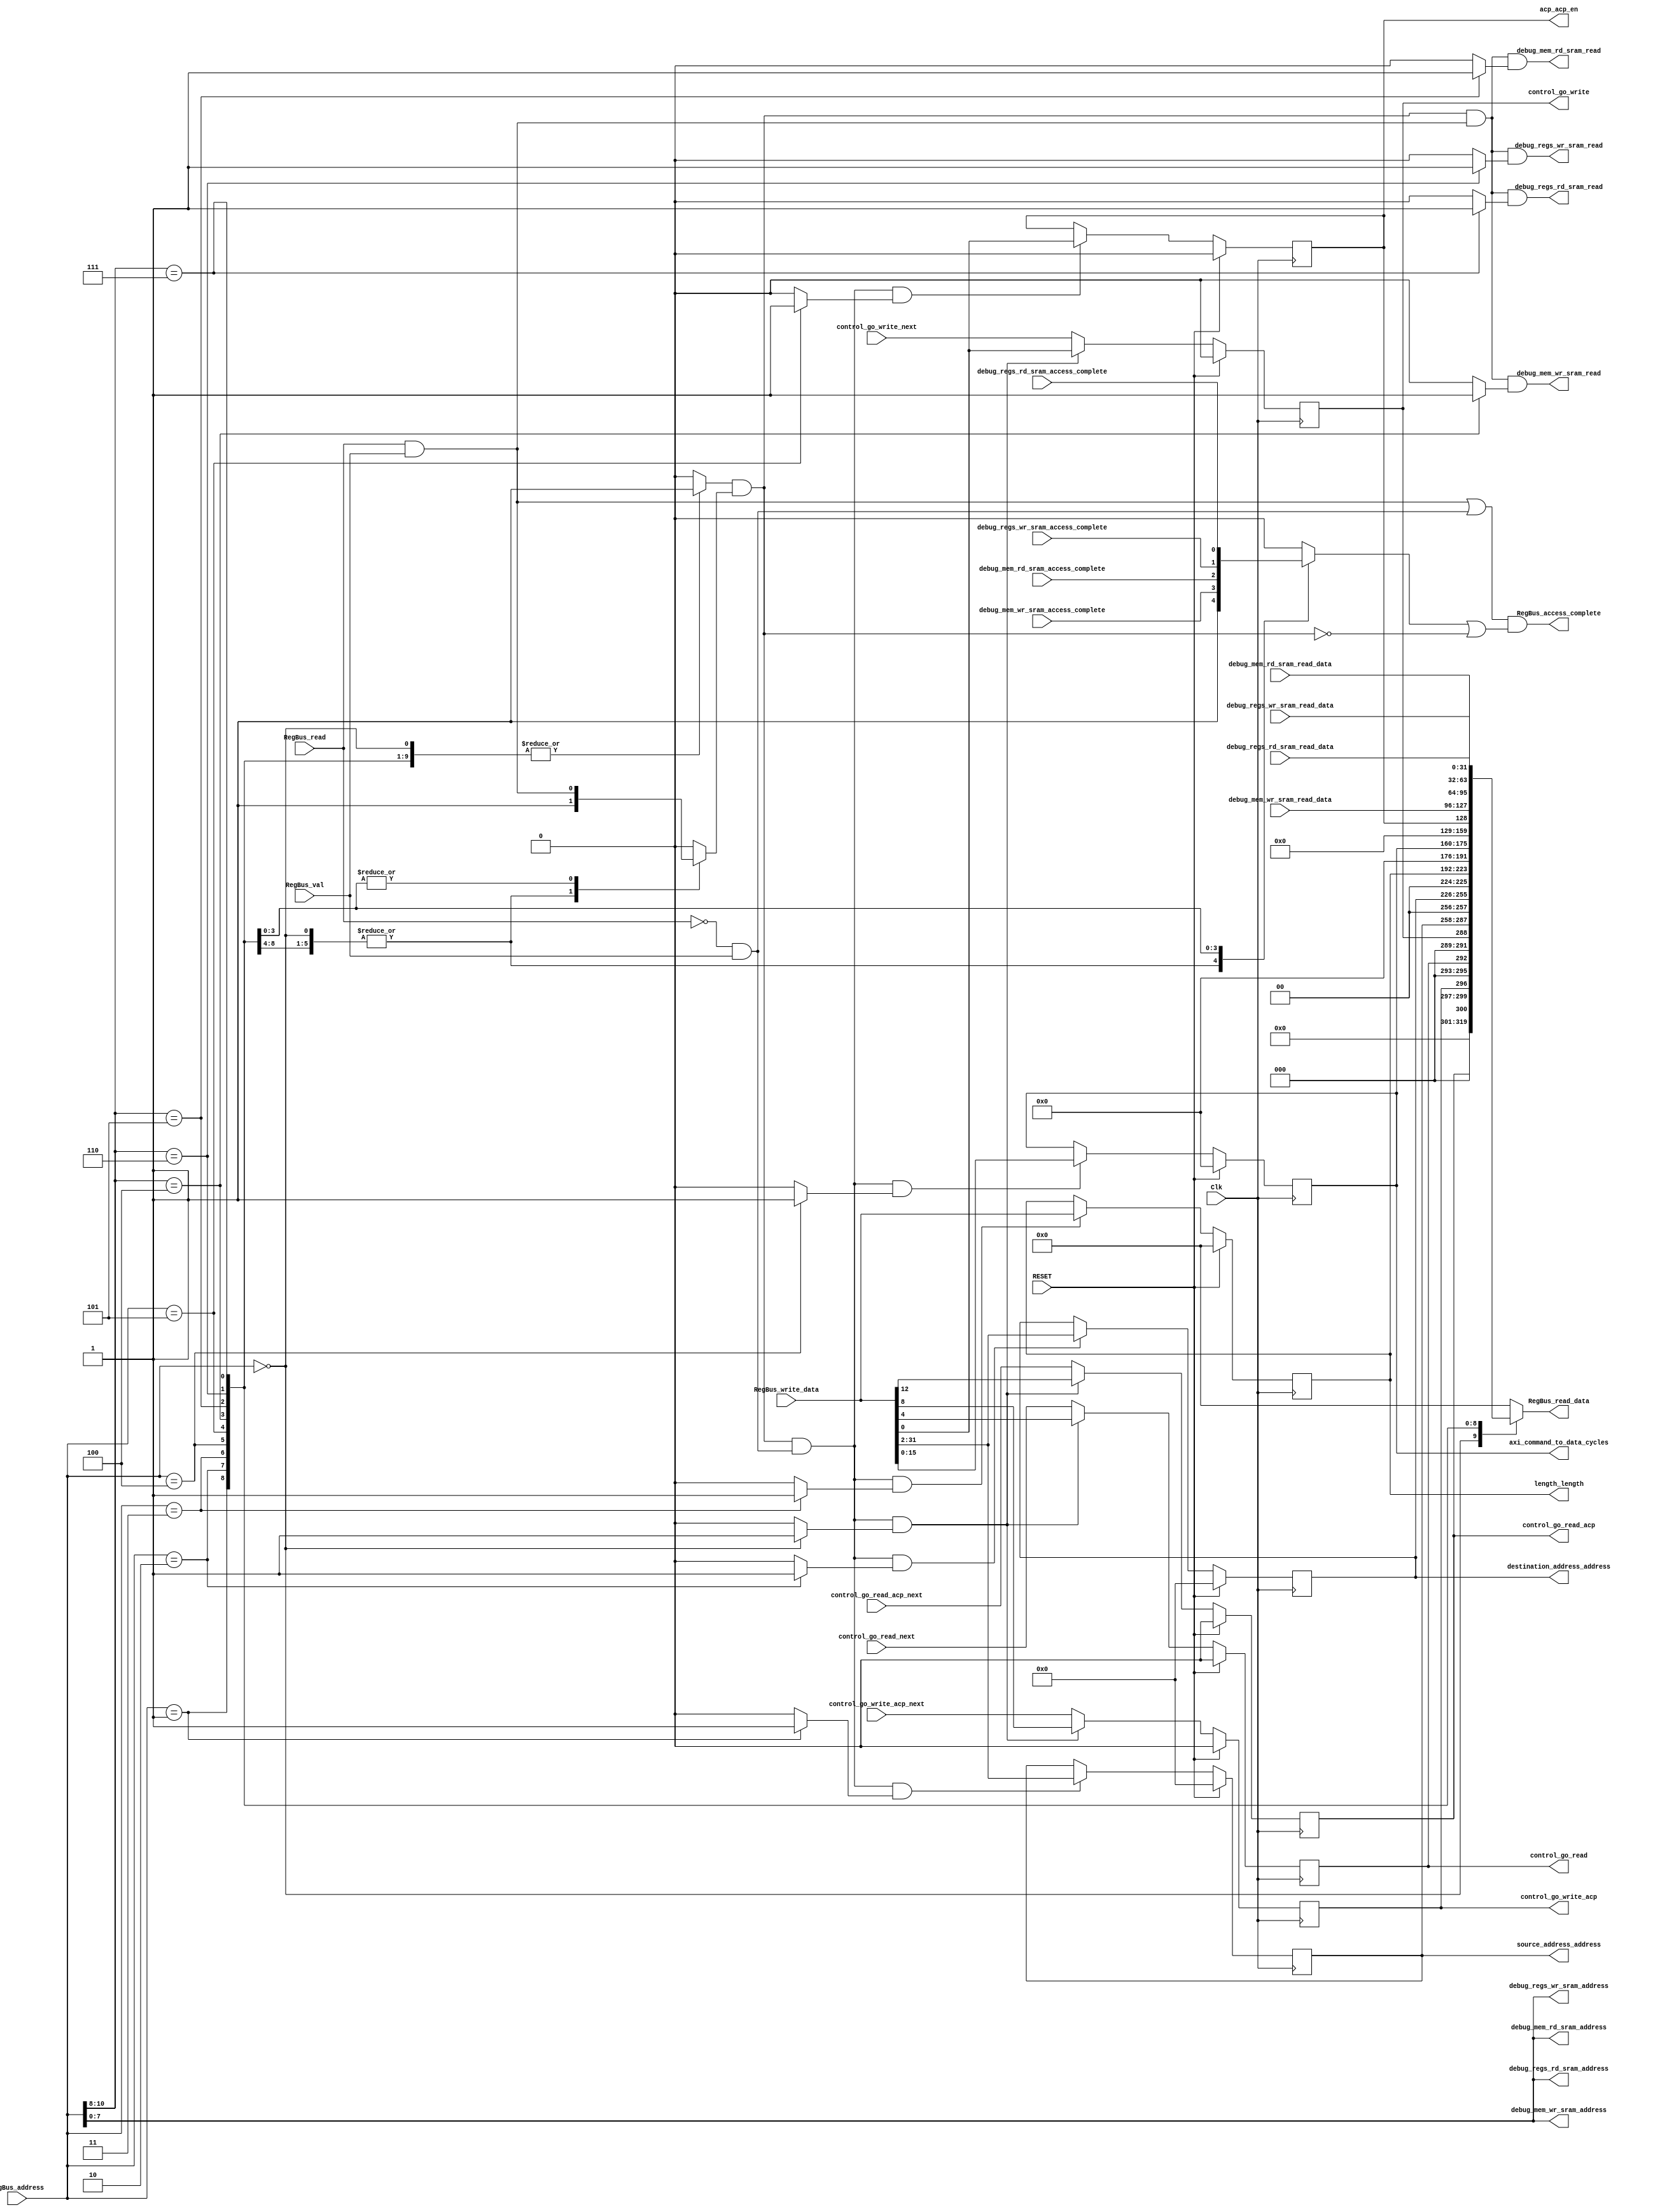
//                                                                             
// Creator:    jorgem                                                          
// Time:       Tuesday Nov 19, 2013 [6:53:55 am]                               
//                                                                             
// Path:       /home/jorgem/projects/SocMiner/hw/rtl                           
// Arguments:  /data/apps/cadence/blueprint/blueprint_3.7.5//Linux-64bit/blueprint
//             -regbus soc_miner_regs.rdl                                      
//                                                                             
// Sources:    /home/jorgem/projects/SocMiner/hw/rtl/soc_miner_regs.rdl        
//             /data/apps/cadence/blueprint/blueprint_3.7.5/bp_gens/verilog.pm 
//             /data/apps/cadence/blueprint/blueprint_3.7.5/bp_gens/regbus.pm  
//             /data/apps/cadence/blueprint/blueprint_3.7.5/bp_gens/vutils.pm  
//                                                                             
// Blueprint:   3.7.5 (Wed Feb 1 23:58:40 PST 2012)                            
// Machine:    ubuntu                                                          
// OS:         Linux 3.8.0-19-generic                                          
// Description:                                                                
//                                                                             
// No Description Provided                                                     
//                                                                             
// Copyright (C) 2013 Denali Software Inc.  All rights reserved                
// THIS FILE IS AUTOMATICALLY GENERATED BY DENALI BLUEPRINT, DO NOT EDIT       
//                                                                             


module soc_miner_regs (
  Clk,
  RegBus_read,
  RegBus_val,
  RegBus_write_data,
  RegBus_address,
  control_go_read_acp_next,
  RESET,
  control_go_write_acp_next,
  control_go_read_next,
  control_go_write_next,
  debug_mem_wr_sram_read_data,
  debug_mem_wr_sram_access_complete,
  debug_mem_rd_sram_read_data,
  debug_mem_rd_sram_access_complete,
  debug_regs_wr_sram_read_data,
  debug_regs_wr_sram_access_complete,
  debug_regs_rd_sram_read_data,
  debug_regs_rd_sram_access_complete,

  RegBus_read_data,
  RegBus_access_complete,
  control_go_read_acp,
  control_go_write_acp,
  control_go_read,
  control_go_write,
  source_address_address,
  destination_address_address,
  length_length,
  axi_command_to_data_cycles,
  acp_acp_en,
  debug_mem_wr_sram_read,
  debug_mem_wr_sram_address,
  debug_mem_rd_sram_read,
  debug_mem_rd_sram_address,
  debug_regs_wr_sram_read,
  debug_regs_wr_sram_address,
  debug_regs_rd_sram_read,
  debug_regs_rd_sram_address
  );

// Input declarations
  input           Clk;
  input           RegBus_read;
  input           RegBus_val;
  input [31:0]    RegBus_write_data;
  input [12:2]    RegBus_address;
  input           control_go_read_acp_next;
  input           RESET;
  input           control_go_write_acp_next;
  input           control_go_read_next;
  input           control_go_write_next;
  input [31:0]    debug_mem_wr_sram_read_data;
  input           debug_mem_wr_sram_access_complete;
  input [31:0]    debug_mem_rd_sram_read_data;
  input           debug_mem_rd_sram_access_complete;
  input [31:0]    debug_regs_wr_sram_read_data;
  input           debug_regs_wr_sram_access_complete;
  input [31:0]    debug_regs_rd_sram_read_data;
  input           debug_regs_rd_sram_access_complete;

// Output declarations
  output [31:0]   RegBus_read_data;
  output          RegBus_access_complete;
  output          control_go_read_acp;
  output          control_go_write_acp;
  output          control_go_read;
  output          control_go_write;
  output [29:0]   source_address_address;
  output [29:0]   destination_address_address;
  output [31:0]   length_length;
  output [15:0]   axi_command_to_data_cycles;
  output          acp_acp_en;
  output          debug_mem_wr_sram_read;
  output [9:2]    debug_mem_wr_sram_address;
  output          debug_mem_rd_sram_read;
  output [9:2]    debug_mem_rd_sram_address;
  output          debug_regs_wr_sram_read;
  output [9:2]    debug_regs_wr_sram_address;
  output          debug_regs_rd_sram_read;
  output [9:2]    debug_regs_rd_sram_address;

// Wire declarations
  wire            Clk;
  wire            RegBus_read;
  wire            RegBus_val;
  wire [31:0]     RegBus_read_data;
  wire [31:0]     RegBus_read_data_ucore;
  wire            RegBus_read_ucore;
  wire            RegBus_read_dcore;
  wire            RegBus_write_dcore;
  wire            RegBus_write_ucore;
  wire [31:0]     RegBus_write_data;
  wire [31:0]     RegBus_write_data_dcore;
  wire [31:0]     RegBus_write_data_ucore;
  wire            valid_RegBus_write;
  wire            RegBus_access_complete;
  wire            RegBus_access_complete_ucore;
  wire            RegBus_access_complete_dcore;
  wire [12:2]     RegBus_address;
  wire [12:2]     RegBus_address_ucore;
  wire [12:2]     RegBus_address_dcore;
  wire            RegBus_xfer_valid_internal;
  wire [12:0]     control_full_read_data;
  wire            control_go_read_acp__write;
  wire            control_go_read_acp__sw_next;
  wire            control_go_read_acp__swmod;
  wire            control_go_read_acp_next;
  wire            control_go_read_acp__field_next;
  wire            RESET;
  wire            control_go_write_acp__write;
  wire            control_go_write_acp__sw_next;
  wire            control_go_write_acp__swmod;
  wire            control_go_write_acp_next;
  wire            control_go_write_acp__field_next;
  wire            control_go_read__write;
  wire            control_go_read__sw_next;
  wire            control_go_read__swmod;
  wire            control_go_read_next;
  wire            control_go_read__field_next;
  wire            control_go_write__write;
  wire            control_go_write__sw_next;
  wire            control_go_write__swmod;
  wire            control_go_write_next;
  wire            control_go_write__field_next;
  wire [31:2]     source_address_full_read_data;
  wire            source_address_address__write;
  wire [29:0]     source_address_address__sw_next;
  wire            source_address_address__swmod;
  wire [29:0]     source_address_address__field_next;
  wire [31:2]     destination_address_full_read_data;
  wire            destination_address_address__write;
  wire [29:0]     destination_address_address__sw_next;
  wire            destination_address_address__swmod;
  wire [29:0]     destination_address_address__field_next;
  wire [31:0]     length_full_read_data;
  wire            length_length__write;
  wire [31:0]     length_length__sw_next;
  wire            length_length__swmod;
  wire [31:0]     length_length__field_next;
  wire [15:0]     axi_full_read_data;
  wire            axi_command_to_data_cycles__write;
  wire [15:0]     axi_command_to_data_cycles__sw_next;
  wire            axi_command_to_data_cycles__swmod;
  wire [15:0]     axi_command_to_data_cycles__field_next;
  wire            acp_full_read_data;
  wire            acp_acp_en__write;
  wire            acp_acp_en__sw_next;
  wire            acp_acp_en__swmod;
  wire            acp_acp_en__field_next;
  wire            debug_mem_wr_sram_read;
  wire            valid_RegBus_read;
  wire [31:0]     debug_mem_wr_sram_read_data;
  wire [9:2]      debug_mem_wr_sram_address;
  wire            debug_mem_wr_sram_access_complete;
  wire            debug_mem_rd_sram_read;
  wire [31:0]     debug_mem_rd_sram_read_data;
  wire [9:2]      debug_mem_rd_sram_address;
  wire            debug_mem_rd_sram_access_complete;
  wire            debug_regs_wr_sram_read;
  wire [31:0]     debug_regs_wr_sram_read_data;
  wire [9:2]      debug_regs_wr_sram_address;
  wire            debug_regs_wr_sram_access_complete;
  wire            debug_regs_rd_sram_read;
  wire [31:0]     debug_regs_rd_sram_read_data;
  wire [9:2]      debug_regs_rd_sram_address;
  wire            debug_regs_rd_sram_access_complete;

// Reg declarations
  reg [31:0]      RegBus_read_data_dcore;
  reg             RegBus_access_complete_valid_internal;
  reg             RegBus_address_valid_internal;
  reg             RegBus_access_valid_internal;
  reg             control_decode;
  reg             control_go_read_acp;
  reg             control_go_write_acp;
  reg             control_go_read;
  reg             control_go_write;
  reg             source_address_decode;
  reg [29:0]      source_address_address;
  reg             destination_address_decode;
  reg [29:0]      destination_address_address;
  reg             length_decode;
  reg [31:0]      length_length;
  reg             axi_decode;
  reg [15:0]      axi_command_to_data_cycles;
  reg             acp_decode;
  reg             acp_acp_en;
  reg             debug_mem_wr_sram_decode;
  reg             debug_mem_rd_sram_decode;
  reg             debug_regs_wr_sram_decode;
  reg             debug_regs_rd_sram_decode;

  // General CPU interface signal equations
  assign RegBus_read_data_ucore = RegBus_read_data_dcore;

  assign RegBus_read_ucore = RegBus_read & RegBus_val;

  assign RegBus_read_data = RegBus_read_data_ucore;

  assign RegBus_read_dcore = RegBus_read_ucore;

  assign RegBus_write_dcore = RegBus_write_ucore;

  assign RegBus_write_data_dcore = RegBus_write_data_ucore;

  assign RegBus_write_ucore = ~RegBus_read & RegBus_val;

  assign RegBus_write_data_ucore = RegBus_write_data;

  assign valid_RegBus_write = RegBus_xfer_valid_internal & RegBus_write_dcore;

  assign RegBus_access_complete_ucore = RegBus_access_complete_dcore;

  assign RegBus_access_complete_dcore = 
           (RegBus_read_dcore | RegBus_write_dcore) & 
           (RegBus_access_complete_valid_internal | 
           ~RegBus_xfer_valid_internal); 

  assign RegBus_access_complete = RegBus_access_complete_ucore;

  assign RegBus_address_ucore = RegBus_address;

  assign RegBus_address_dcore = RegBus_address_ucore;

  assign RegBus_xfer_valid_internal = 
           RegBus_address_valid_internal & RegBus_access_valid_internal ; 


  assign control_full_read_data = 
           {control_go_read_acp, 3'h0, control_go_write_acp, 3'h0, 
           control_go_read, 3'h0, control_go_write}; 


  // Logic for control.go_read_acp
  // Instantiated in file "soc_miner_regs.rdl":10
  assign control_go_read_acp__write = valid_RegBus_write & control_decode;

  assign control_go_read_acp__sw_next = RegBus_write_data_dcore[12];

  assign control_go_read_acp__swmod = control_go_read_acp__write;

  assign control_go_read_acp__field_next = 
           ((control_go_read_acp__swmod) 
             ? control_go_read_acp__sw_next 
             : control_go_read_acp_next); 

  always @(posedge Clk ) 
  begin 
    if (RESET)
      control_go_read_acp <= 
      1'h0; 
    else
      control_go_read_acp <= 
      control_go_read_acp__field_next; 
  end



  // Logic for control.go_write_acp
  // Instantiated in file "soc_miner_regs.rdl":11
  assign control_go_write_acp__write = valid_RegBus_write & control_decode;

  assign control_go_write_acp__sw_next = RegBus_write_data_dcore[8];

  assign control_go_write_acp__swmod = control_go_write_acp__write;

  assign control_go_write_acp__field_next = 
           ((control_go_write_acp__swmod) 
             ? control_go_write_acp__sw_next 
             : control_go_write_acp_next); 

  always @(posedge Clk ) 
  begin 
    if (RESET)
      control_go_write_acp <= 
      1'h0; 
    else
      control_go_write_acp <= 
      control_go_write_acp__field_next; 
  end



  // Logic for control.go_read
  // Instantiated in file "soc_miner_regs.rdl":12
  assign control_go_read__write = valid_RegBus_write & control_decode;

  assign control_go_read__sw_next = RegBus_write_data_dcore[4];

  assign control_go_read__swmod = control_go_read__write;

  assign control_go_read__field_next = 
           ((control_go_read__swmod) 
             ? control_go_read__sw_next 
             : control_go_read_next); 

  always @(posedge Clk ) 
  begin 
    if (RESET)
      control_go_read <= 
      1'h0; 
    else
      control_go_read <= 
      control_go_read__field_next; 
  end



  // Logic for control.go_write
  // Instantiated in file "soc_miner_regs.rdl":13
  assign control_go_write__write = valid_RegBus_write & control_decode;

  assign control_go_write__sw_next = RegBus_write_data_dcore[0];

  assign control_go_write__swmod = control_go_write__write;

  assign control_go_write__field_next = 
           ((control_go_write__swmod) 
             ? control_go_write__sw_next 
             : control_go_write_next); 

  always @(posedge Clk ) 
  begin 
    if (RESET)
      control_go_write <= 
      1'h0; 
    else
      control_go_write <= 
      control_go_write__field_next; 
  end


  assign source_address_full_read_data = source_address_address;


  // Logic for source_address.address
  // Instantiated in file "soc_miner_regs.rdl":2
  assign source_address_address__write = 
           valid_RegBus_write & source_address_decode; 

  assign source_address_address__sw_next = RegBus_write_data_dcore[31:2];

  assign source_address_address__swmod = source_address_address__write;

  assign source_address_address__field_next = 
           ((source_address_address__swmod) 
             ? source_address_address__sw_next 
             : source_address_address); 

  always @(posedge Clk ) 
  begin 
    if (RESET)
      source_address_address <= 
      30'h0; 
    else
      source_address_address <= 
      source_address_address__field_next; 
  end


  assign destination_address_full_read_data = destination_address_address;


  // Logic for destination_address.address
  // Instantiated in file "soc_miner_regs.rdl":2
  assign destination_address_address__write = 
           valid_RegBus_write & destination_address_decode; 

  assign destination_address_address__sw_next = RegBus_write_data_dcore[31:2];

  assign destination_address_address__swmod = 
           destination_address_address__write; 

  assign destination_address_address__field_next = 
           ((destination_address_address__swmod) 
             ? destination_address_address__sw_next 
             : destination_address_address); 

  always @(posedge Clk ) 
  begin 
    if (RESET)
      destination_address_address <= 
      30'h0; 
    else
      destination_address_address <= 
      destination_address_address__field_next; 
  end


  assign length_full_read_data = length_length;


  // Logic for length.length
  // Instantiated in file "soc_miner_regs.rdl":6
  assign length_length__write = valid_RegBus_write & length_decode;

  assign length_length__sw_next = RegBus_write_data_dcore[31:0];

  assign length_length__swmod = length_length__write;

  assign length_length__field_next = 
           ((length_length__swmod) 
             ? length_length__sw_next 
             : length_length); 

  always @(posedge Clk ) 
  begin 
    if (RESET)
      length_length <= 
      32'h0; 
    else
      length_length <= 
      length_length__field_next; 
  end


  assign axi_full_read_data = axi_command_to_data_cycles;


  // Logic for axi.command_to_data_cycles
  // Instantiated in file "soc_miner_regs.rdl":16
  assign axi_command_to_data_cycles__write = valid_RegBus_write & axi_decode;

  assign axi_command_to_data_cycles__sw_next = RegBus_write_data_dcore[15:0];

  assign axi_command_to_data_cycles__swmod = axi_command_to_data_cycles__write;

  assign axi_command_to_data_cycles__field_next = 
           ((axi_command_to_data_cycles__swmod) 
             ? axi_command_to_data_cycles__sw_next 
             : axi_command_to_data_cycles); 

  always @(posedge Clk ) 
  begin 
    if (RESET)
      axi_command_to_data_cycles <= 
      16'h0; 
    else
      axi_command_to_data_cycles <= 
      axi_command_to_data_cycles__field_next; 
  end


  assign acp_full_read_data = acp_acp_en;


  // Logic for acp.acp_en
  // Instantiated in file "soc_miner_regs.rdl":22
  assign acp_acp_en__write = valid_RegBus_write & acp_decode;

  assign acp_acp_en__sw_next = RegBus_write_data_dcore[0];

  assign acp_acp_en__swmod = acp_acp_en__write;

  assign acp_acp_en__field_next = 
           ((acp_acp_en__swmod) 
             ? acp_acp_en__sw_next 
             : acp_acp_en); 

  always @(posedge Clk ) 
  begin 
    if (RESET)
      acp_acp_en <= 
      1'h0; 
    else
      acp_acp_en <= 
      acp_acp_en__field_next; 
  end


  assign debug_mem_wr_sram_read = valid_RegBus_read & debug_mem_wr_sram_decode;

  assign valid_RegBus_read = RegBus_xfer_valid_internal & RegBus_read_dcore;

  assign debug_mem_wr_sram_address = RegBus_address_dcore[9:2];

  assign debug_mem_rd_sram_read = valid_RegBus_read & debug_mem_rd_sram_decode;

  assign debug_mem_rd_sram_address = RegBus_address_dcore[9:2];

  assign debug_regs_wr_sram_read = 
           valid_RegBus_read & debug_regs_wr_sram_decode; 

  assign debug_regs_wr_sram_address = RegBus_address_dcore[9:2];

  assign debug_regs_rd_sram_read = 
           valid_RegBus_read & debug_regs_rd_sram_decode; 

  assign debug_regs_rd_sram_address = RegBus_address_dcore[9:2];

  always @( axi_full_read_data or
           debug_regs_wr_sram_read_data or
           debug_mem_rd_sram_access_complete or
           source_address_full_read_data or
           RegBus_address_dcore or
           length_full_read_data or
           destination_address_full_read_data or
           debug_mem_wr_sram_read_data or
           debug_regs_rd_sram_read_data or
           debug_regs_wr_sram_access_complete or
           acp_full_read_data or
           RegBus_read_dcore or
           debug_regs_rd_sram_access_complete or
           control_full_read_data or
           debug_mem_rd_sram_read_data or
           debug_mem_wr_sram_access_complete ) begin

    RegBus_address_valid_internal = 1'b0;
    RegBus_access_valid_internal = 1'b0;
    RegBus_access_complete_valid_internal = 1'b0;
    control_decode = 1'b0;
    source_address_decode = 1'b0;
    destination_address_decode = 1'b0;
    length_decode = 1'b0;
    axi_decode = 1'b0;
    acp_decode = 1'b0;
    debug_mem_wr_sram_decode = 1'b0;
    debug_mem_rd_sram_decode = 1'b0;
    debug_regs_wr_sram_decode = 1'b0;
    debug_regs_rd_sram_decode = 1'b0;

    casez(RegBus_address_dcore)
    // Register:     soc_miner_regs control
    // Full Address: 0x0 [0x0]
    11'b00000000000:
      begin
        control_decode = 1'b1;
        RegBus_read_data_dcore = { 19'h00000, control_full_read_data };
        RegBus_access_valid_internal = 1'b1;
        RegBus_address_valid_internal = 1'b1;
        RegBus_access_complete_valid_internal = 1'b1;
      end

    // Register:     soc_miner_regs source_address
    // Full Address: 0x4 [0x1]
    11'b00000000001:
      begin
        source_address_decode = 1'b1;
        RegBus_read_data_dcore = { source_address_full_read_data, 2'h0 };
        RegBus_access_valid_internal = 1'b1;
        RegBus_address_valid_internal = 1'b1;
        RegBus_access_complete_valid_internal = 1'b1;
      end

    // Register:     soc_miner_regs destination_address
    // Full Address: 0x8 [0x2]
    11'b00000000010:
      begin
        destination_address_decode = 1'b1;
        RegBus_read_data_dcore = { destination_address_full_read_data, 2'h0 };
        RegBus_access_valid_internal = 1'b1;
        RegBus_address_valid_internal = 1'b1;
        RegBus_access_complete_valid_internal = 1'b1;
      end

    // Register:     soc_miner_regs length
    // Full Address: 0xc [0x3]
    11'b00000000011:
      begin
        length_decode = 1'b1;
        RegBus_read_data_dcore = length_full_read_data;
        RegBus_access_valid_internal = 1'b1;
        RegBus_address_valid_internal = 1'b1;
        RegBus_access_complete_valid_internal = 1'b1;
      end

    // Register:     soc_miner_regs axi
    // Full Address: 0x10 [0x4]
    11'b00000000100:
      begin
        axi_decode = 1'b1;
        RegBus_read_data_dcore = { 16'h0000, axi_full_read_data };
        RegBus_access_valid_internal = 1'b1;
        RegBus_address_valid_internal = 1'b1;
        RegBus_access_complete_valid_internal = 1'b1;
      end

    // Register:     soc_miner_regs acp
    // Full Address: 0x14 [0x5]
    11'b00000000101:
      begin
        acp_decode = 1'b1;
        RegBus_read_data_dcore = { 31'h00000000, acp_full_read_data };
        RegBus_access_valid_internal = 1'b1;
        RegBus_address_valid_internal = 1'b1;
        RegBus_access_complete_valid_internal = 1'b1;
      end

    // Register:     soc_miner_regs debug_mem_wr_sram
    // Full Address: 0x1000 - 0x13fc [0x400 - 0x4ff]
    11'b100????????:
      begin
        debug_mem_wr_sram_decode = 1'b1;
        RegBus_read_data_dcore = debug_mem_wr_sram_read_data;
        RegBus_access_valid_internal = RegBus_read_dcore;
        RegBus_address_valid_internal = 1'b1;
        RegBus_access_complete_valid_internal = 
          debug_mem_wr_sram_access_complete; 
      end

    // Register:     soc_miner_regs debug_mem_rd_sram
    // Full Address: 0x1400 - 0x17fc [0x500 - 0x5ff]
    11'b101????????:
      begin
        debug_mem_rd_sram_decode = 1'b1;
        RegBus_read_data_dcore = debug_mem_rd_sram_read_data;
        RegBus_access_valid_internal = RegBus_read_dcore;
        RegBus_address_valid_internal = 1'b1;
        RegBus_access_complete_valid_internal = 
          debug_mem_rd_sram_access_complete; 
      end

    // Register:     soc_miner_regs debug_regs_wr_sram
    // Full Address: 0x1800 - 0x1bfc [0x600 - 0x6ff]
    11'b110????????:
      begin
        debug_regs_wr_sram_decode = 1'b1;
        RegBus_read_data_dcore = debug_regs_wr_sram_read_data;
        RegBus_access_valid_internal = RegBus_read_dcore;
        RegBus_address_valid_internal = 1'b1;
        RegBus_access_complete_valid_internal = 
          debug_regs_wr_sram_access_complete; 
      end

    // Register:     soc_miner_regs debug_regs_rd_sram
    // Full Address: 0x1c00 - 0x1ffc [0x700 - 0x7ff]
    11'b111????????:
      begin
        debug_regs_rd_sram_decode = 1'b1;
        RegBus_read_data_dcore = debug_regs_rd_sram_read_data;
        RegBus_access_valid_internal = RegBus_read_dcore;
        RegBus_address_valid_internal = 1'b1;
        RegBus_access_complete_valid_internal = 
          debug_regs_rd_sram_access_complete; 
      end

    default: RegBus_read_data_dcore = 32'h00000000;
    endcase
  end

endmodule // soc_miner_regs